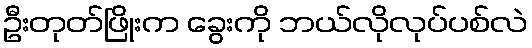
ဦးတုတ်ဖြိုးက ခွေးကို ဘယ်လိုလုပ်ပစ်လဲ